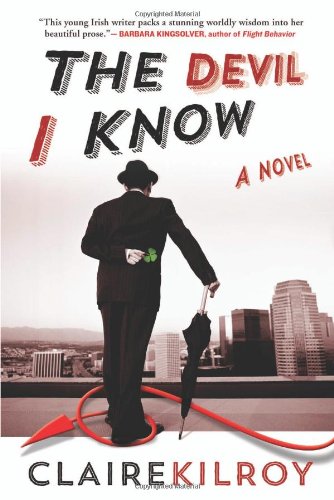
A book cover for The Devil I Know; Claire Kilroy; Literature & Fiction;